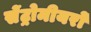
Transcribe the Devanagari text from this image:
सेंट्रोमीयरों